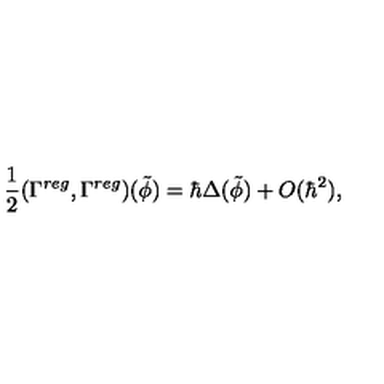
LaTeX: \frac 1 2 ( \Gamma ^ { r e g } , \Gamma ^ { r e g } ) ( \tilde { \phi } ) = \hbar \Delta ( \tilde { \phi } ) + O ( \hbar ^ { 2 } ) ,